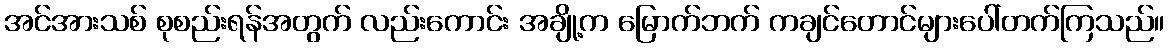
အင်အားသစ် စုစည်းရန်အတွက် လည်းကောင်း အချို့က မြောက်ဘက် ကချင်တောင်များပေါ်တက်ကြသည်။